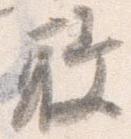
敢